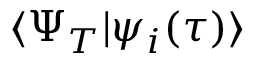
\langle \Psi _ { T } | \psi _ { i } ( \tau ) \rangle